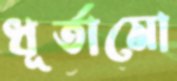
ধূর্তামো